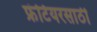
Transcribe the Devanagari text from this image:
फ्रंटियरसाठी